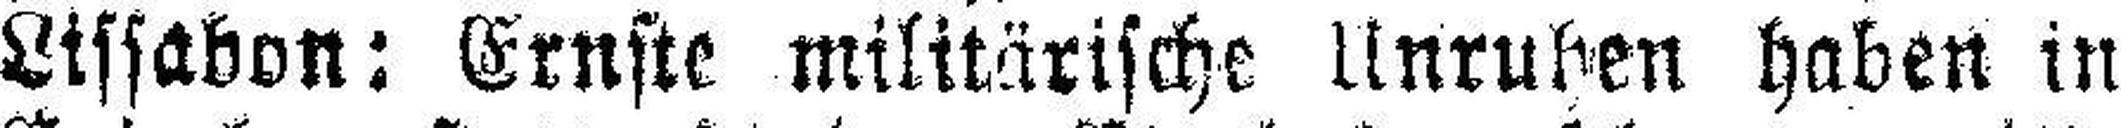
Lissabon: Ernste militärische Unruhen haben in